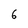
Character: 6